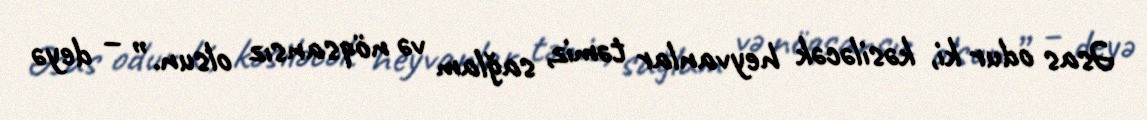
Əsas odur ki, kəsiləcək heyvanlar təmiz, sağlam və nöqsansız olsun.” – deyə